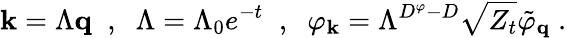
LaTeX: {\mathbf{k}}=\Lambda{\mathbf{q}}\; \; ,\; \; \Lambda=\Lambda_{0}e^{-t}\; \; ,\; \; \varphi_{\mathbf{k}}=\Lambda^{D^{\varphi}-D}\sqrt{Z_{t}}\tilde{\varphi}_{\mathbf{q}}\; .